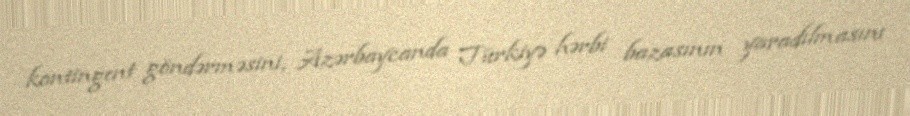
kontingent göndərməsini, Azərbaycanda Türkiyə hərbi bazasının yaradılmasını